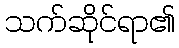
သက်ဆိုင်ရာ၏